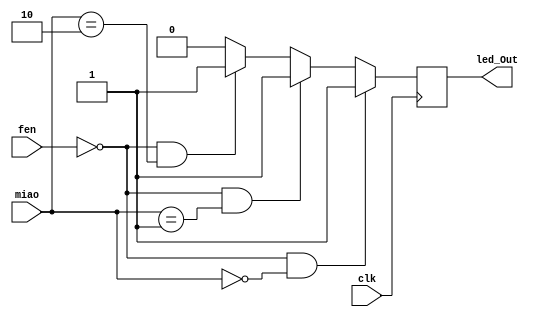
module Buzzer_module
(
  clk,
  fen, miao,
  led_Out 
);

input clk;
input [7:0] fen;
input [7:0] miao;
output led_Out;


  reg	led_Out;
	always @( posedge clk )
		begin
			if( fen==0 && miao== 0  )		//While Time = 00'00"
				led_Out <= 1;
			else if( fen== 0 && miao== 1 )		
				led_Out<= 1;	
			else if( fen== 0 && miao== 2 )		
				led_Out<= 1;	
			else
				led_Out <= 0;
		end
		
endmodule